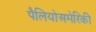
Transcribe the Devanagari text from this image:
पैलियोअमेरिकी